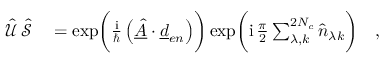
\begin{array} { r l } { \hat { \mathcal { U } } \, \hat { \mathcal { S } } } & { { } = \exp \biggl ( \frac { \mathrm { i } } { \hbar } \left( \underline { { \hat { A } } } \cdot \underline { { d } } _ { e n } \right) \biggr ) \exp \biggl ( \mathrm { i } \, \frac { \pi } { 2 } \sum _ { \lambda , k } ^ { 2 N _ { c } } \hat { n } _ { \lambda k } \biggr ) \quad , } \end{array}